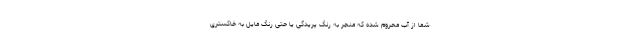
شما از آب محروم شده که منجر به رنگ پریدگی یا حتی رنگ مایل به خاکستری